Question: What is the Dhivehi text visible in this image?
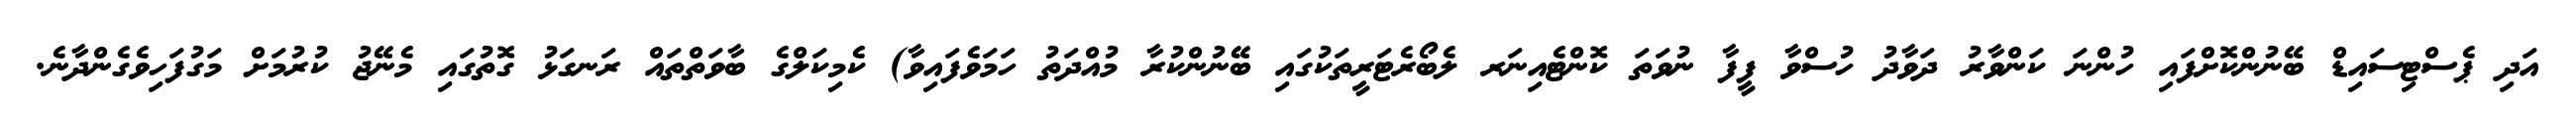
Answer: އަދި ޕެސްޓިސައިޑް ބޭނުންކޮށްފައި ހުންނަ ކަންވާރު ދަވާދު ހުސްވާ ފީފާ ނުވަތަ ކޮންޓެއިނަރ ލެބޯރެޓަރީތަކުގައި ބޭނުންކުރާ މުއްދަތު ހަމަވެފައިވާ) ކެމިކަލްގެ ބާވަތްތައް ރަނގަޅު ގޮތުގައި މެނޭޖު ކުރުމަށް މަގުފަހިވެގެންދާނެ.